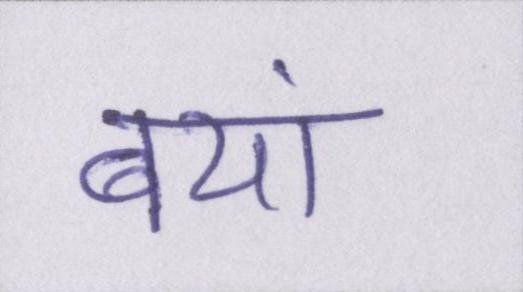
बयां